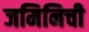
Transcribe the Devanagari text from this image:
जमिनिची